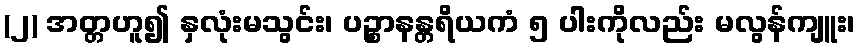
(၂) အတ္တဟူ၍ နှလုံးမသွင်း၊ ပဉ္စာနန္တရိယကံ ၅ ပါးကိုလည်း မလွန်ကျူး၊